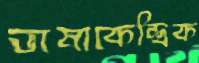
ভাষাকেন্দ্রিক